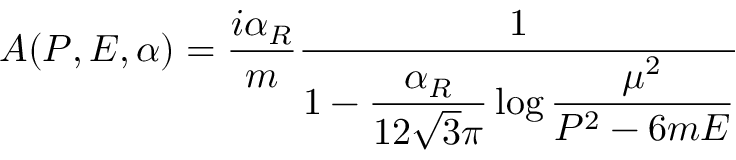
A ( P , E , \alpha ) = { \frac { i \alpha _ { R } } { m } } { \frac { 1 } { 1 - \displaystyle { \frac { \alpha _ { R } } { 1 2 \sqrt { 3 } \pi } } \log \displaystyle { { \frac { \mu ^ { 2 } } { P ^ { 2 } - 6 m E } } } } }